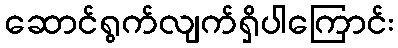
ဆောင်ရွက်လျက်ရှိပါကြောင်း